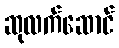
ဆုလက်ဆောင်